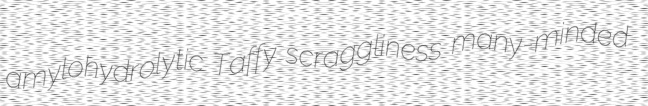
amylohydrolytic Taffy scraggliness many-minded